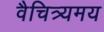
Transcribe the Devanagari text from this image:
वैचित्र्यमय